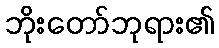
ဘိုးတော်ဘုရား၏